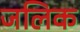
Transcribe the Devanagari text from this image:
जलिक